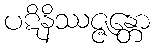
ပဋိနိဿဇ္ဇန္တော